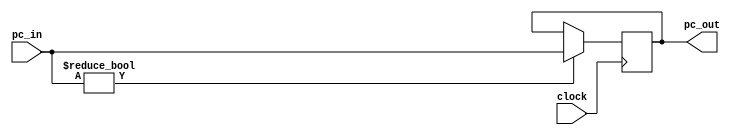
`timescale 1ns / 1ps
//////////////////////////////////////////////////////////////////////////////////
// Company: 
// Engineer: 
// 
// Design Name: 
// Module Name: test
// Project Name: 
// Target Devices: 
// Tool Versions: 
// Description: 
// 
// Dependencies: 
// 
// Revision:
// Revision 0.01 - File Created
// Additional Comments:
// 
//////////////////////////////////////////////////////////////////////////////////


module pc(clock, pc_in, pc_out);
input [31:0]pc_in;
output reg [31:0]pc_out;
input clock;

initial
begin
    pc_out = 0;
end

always@(posedge clock)
begin
    if (pc_in) 
    begin
        pc_out = pc_in;
    end
end

endmodule